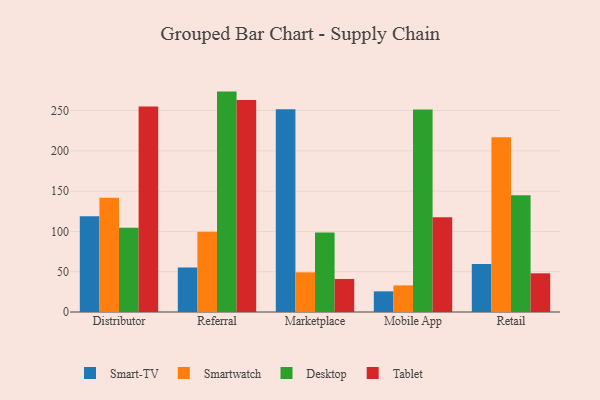
{"axis": {"x": "Channel", "y": "Demand Index"}, "legend": ["Desktop", "Smart-TV", "Smartwatch", "Tablet"], "data": [{"x": "Distributor", "y": 118.8, "type": "Smart-TV"}, {"x": "Distributor", "y": 141.8, "type": "Smartwatch"}, {"x": "Distributor", "y": 104.5, "type": "Desktop"}, {"x": "Distributor", "y": 255.1, "type": "Tablet"}, {"x": "Referral", "y": 55.1, "type": "Smart-TV"}, {"x": "Referral", "y": 99.7, "type": "Smartwatch"}, {"x": "Referral", "y": 273.5, "type": "Desktop"}, {"x": "Referral", "y": 263.0, "type": "Tablet"}, {"x": "Marketplace", "y": 251.7, "type": "Smart-TV"}, {"x": "Marketplace", "y": 49.2, "type": "Smartwatch"}, {"x": "Marketplace", "y": 98.7, "type": "Desktop"}, {"x": "Marketplace", "y": 41.0, "type": "Tablet"}, {"x": "Mobile App", "y": 25.6, "type": "Smart-TV"}, {"x": "Mobile App", "y": 33.0, "type": "Smartwatch"}, {"x": "Mobile App", "y": 251.4, "type": "Desktop"}, {"x": "Mobile App", "y": 117.5, "type": "Tablet"}, {"x": "Retail", "y": 59.5, "type": "Smart-TV"}, {"x": "Retail", "y": 216.9, "type": "Smartwatch"}, {"x": "Retail", "y": 145.0, "type": "Desktop"}, {"x": "Retail", "y": 48.0, "type": "Tablet"}]}